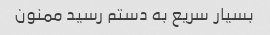
بسیار سریع به دستم رسید ممنون